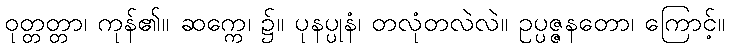
ဝုတ္တတ္တာ၊ ကုန်၏။ ဆက္ကေ၊ ၌။ ပုနပ္ပုနံ၊ တလုံတလဲလဲ။ ဥပ္ပဇ္ဇနတော၊ ကြောင့်။